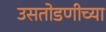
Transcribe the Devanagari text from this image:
उसतोडणीच्या